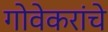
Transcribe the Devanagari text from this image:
गोवेकरांचे